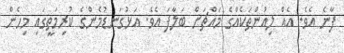
ފާނެ އެވެ. އެއް ލިއުންތަކެއްގެ މައްޗަށް ބަލާފަ އެވެ. އަޅުގަނޑުމެންގެ ކުރިމަތީގައި މިހެން